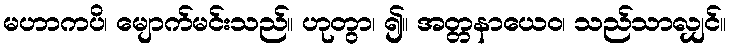
မဟာကပိ၊ မျောက်မင်းသည်။ ဟုတွာ၊ ၍။ အတ္တနာယေဝ၊ သည်သာလျှင်။